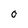
Character: O